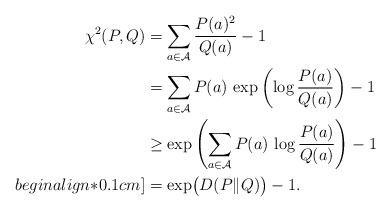
\begin{align*}\chi^2(P,Q)& = \sum_{a \in \mathcal{A}} \frac{P(a)^2}{Q(a)} - 1 \\& = \sum_{a \in \mathcal{A}} P(a) \, \exp\left( \log \frac{P(a)}{Q(a)} \right) - 1 \\& \geq \exp\left(\sum_{a \in \mathcal{A}} P(a) \, \log \frac{P(a)}{Q(a)} \right) - 1 \\begin{align*}0.1cm]& = \exp\bigl( D(P \| Q) \bigr) - 1.\end{align*}